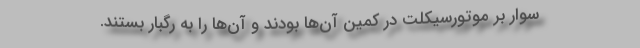
سوار بر موتورسیکلت در کمین آن‌ها بودند و آن‌ها را به رگبار بستند.